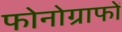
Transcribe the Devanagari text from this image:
फोनोग्राफों